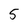
Character: 5